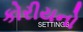
કોરીયનો